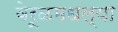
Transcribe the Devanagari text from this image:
वेरूळमधल्या